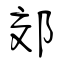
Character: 郊